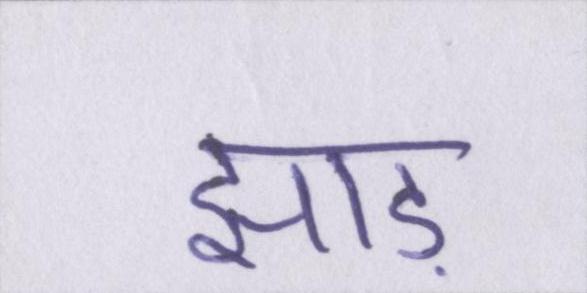
झाड़